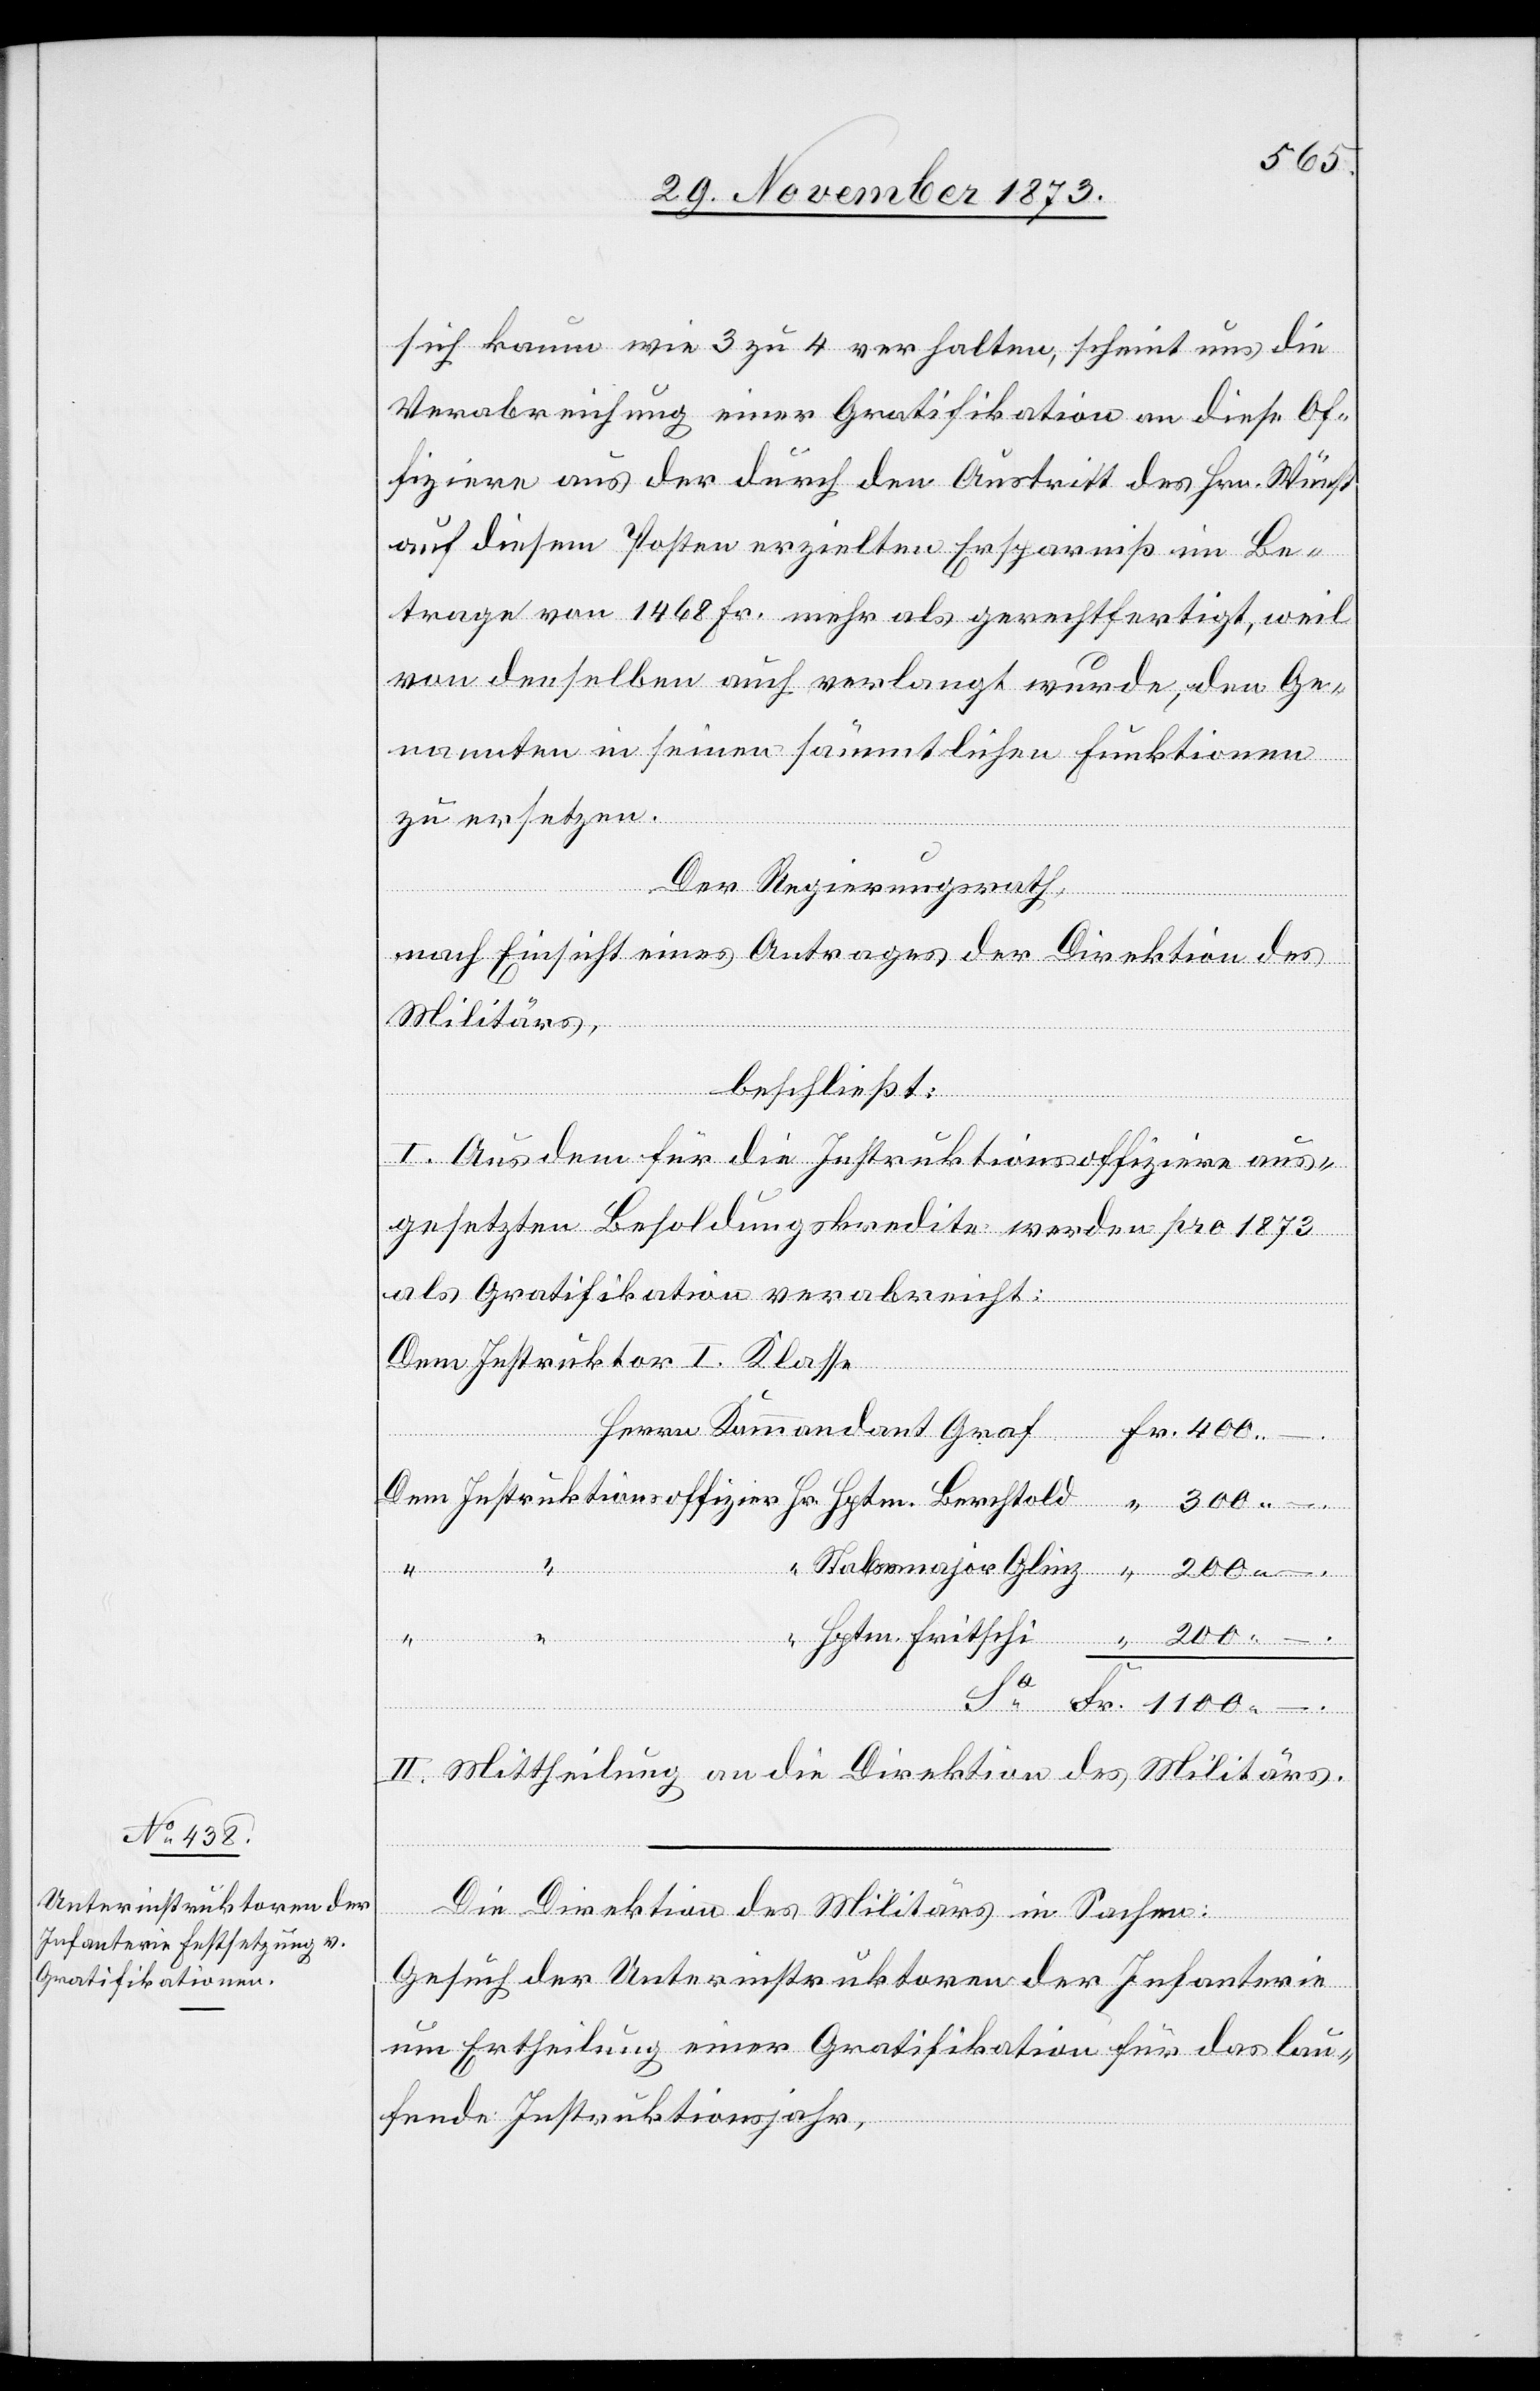
sich kaum wie 3 zu 4 verhalten, scheint uns die
Verabreichung einer Gratifikation an diese Of¬
fiziere aus der durch den Austritt des Hrn. Wüest
auf diesem Posten erzielten Ersparniß im Be¬
trage von 1 468 Fr. mehr als gerechtfertigt, weil
von denselben auch verlangt wurde, den Ge¬
nannten in seinen sämmtlichen Funktionen
Hr.
zu ersetzen.
Der Regierungsrath,
“
nach Einsicht eines Antrages der Direktion des
Militärs,
beschließt:
I. Aus dem für die Instruktionsoffiziere aus¬
gesetzten Besoldungskredite werden pro 1873
als Gratifikation verabreicht:
Dem Instruktor I. Klasse
Kommandant
–.
II. Mittheilung an die Direktion des Militärs.
Die Direktion des Militärs in Sachen:
Gesuch der Unterinstruktoren der Infanterie
um Ertheilung einer Gratifikation für das lau¬
fende Instruktionsjahr,